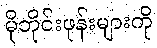
မိုဘိုင်းဖုန်းများကို